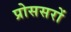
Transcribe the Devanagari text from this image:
प्रोससरों